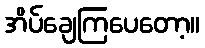
အိပ်ချေကြပေတော့။